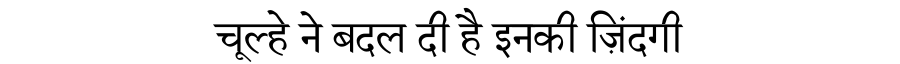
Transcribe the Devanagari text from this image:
चूल्हे ने बदल दी है इनकी ज़िंदगी